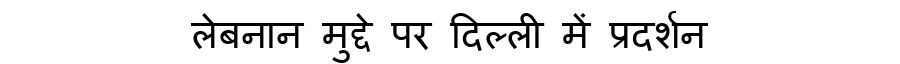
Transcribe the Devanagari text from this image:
लेबनान मुद्दे पर दिल्ली में प्रदर्शन